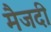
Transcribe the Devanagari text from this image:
मैजदी